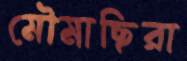
মৌমাছিরা